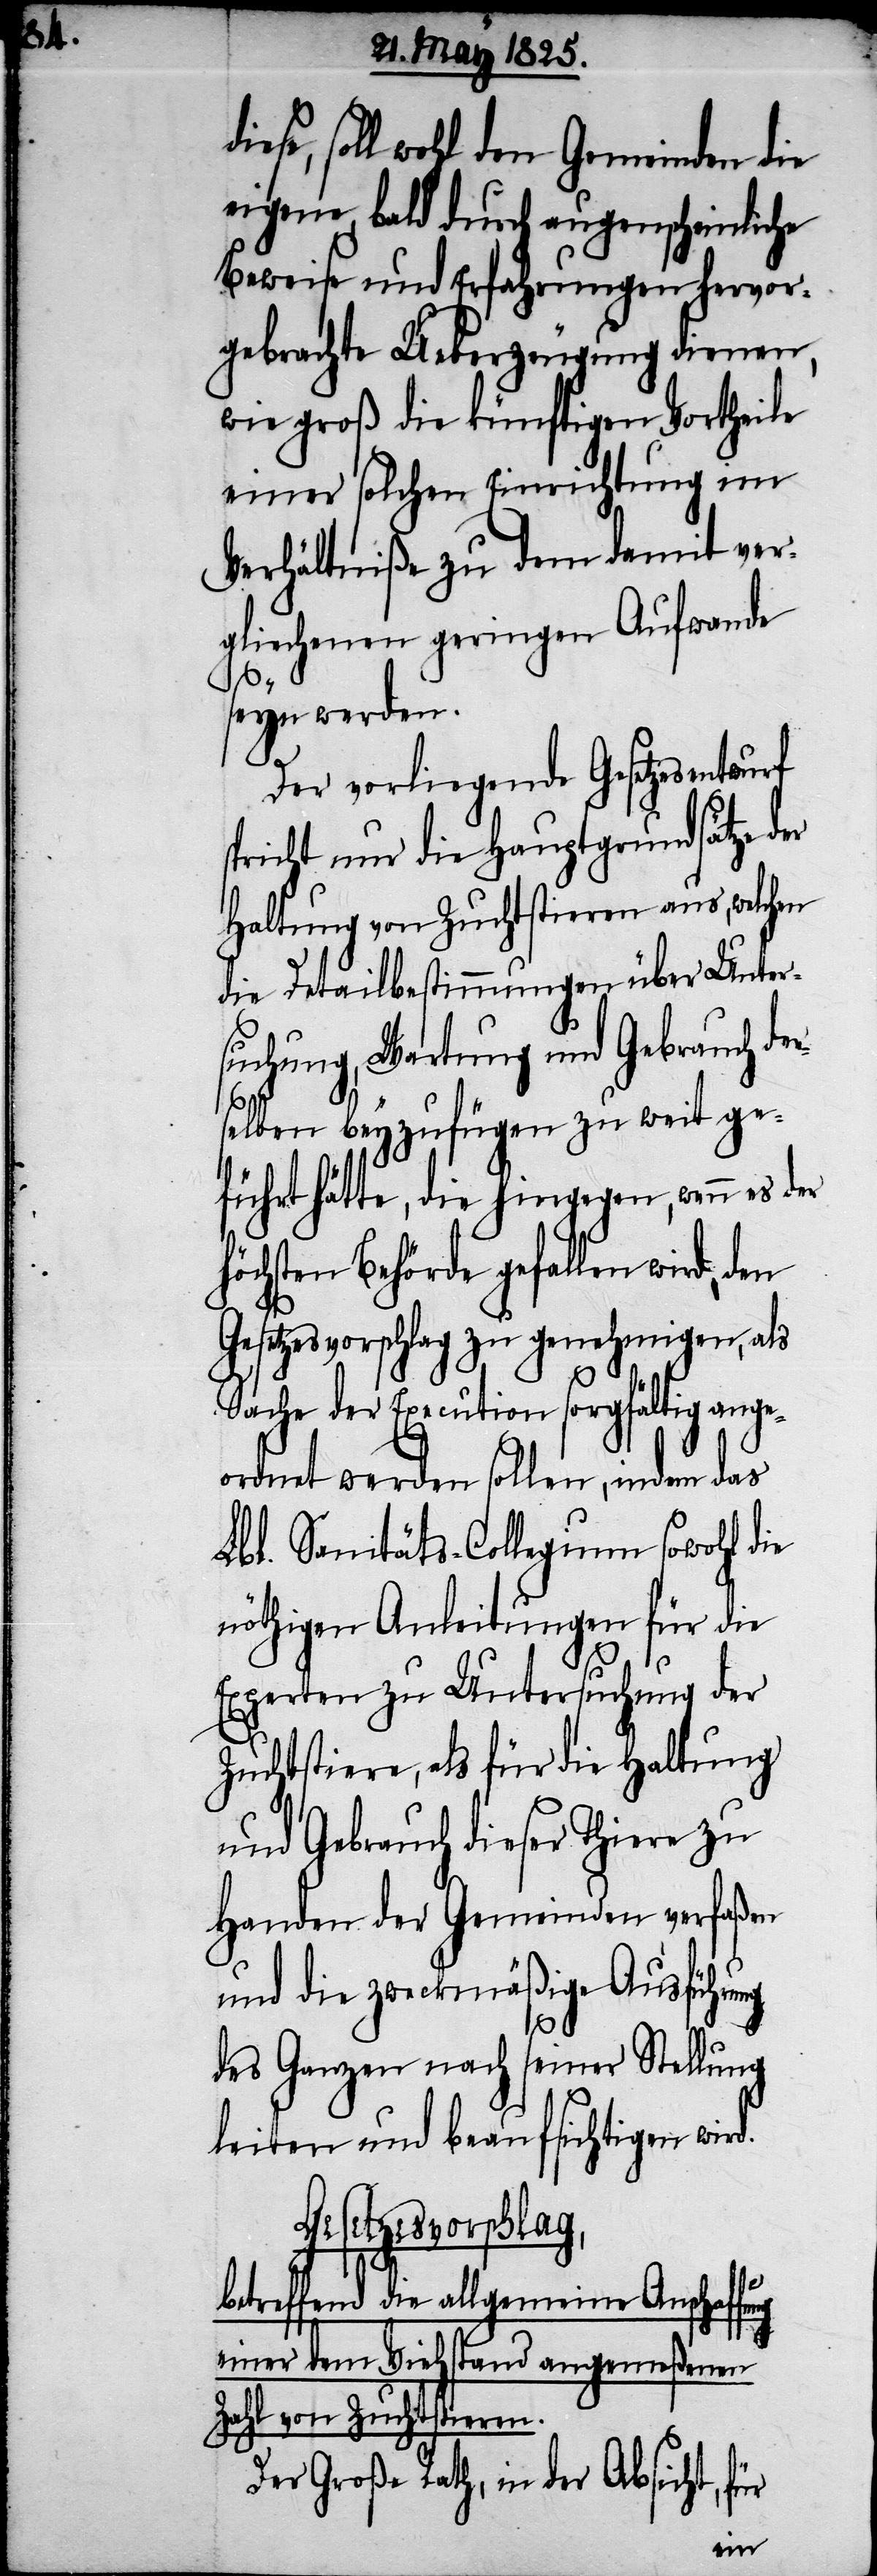
d.

iese, soll wohl den Gemeinden die
eigene, bald durch augenscheinliche
Beweise und Erfahrungen hervor¬
gebrachte Ueberzeugung dienen,
wie groß die künftigen Vortheile
einer solchen Einrichtung im
Verhältniße zu dem damit ver¬
glichenen geringen Aufwande
seyn werden.
Der vorliegende Gesetzesentwurf
spricht nur die Hauptgrundsätze der
Haltung von Zuchtstieren aus, welchen
die Detailbestimmungen über Unter¬
suchung, Wartung und Gebrauch der¬
selben beyzufügen zu weit ge¬
führt hätte, die hingegen, wenn es der
höchsten Behörde gefallen wird,
Gesetzesvorschlag zu genehmigen, als
Sache der Execution sorgfältig ange¬
ordnet werden sollen, indem das
Lbl. Sanitäts-Collegium sowohl die
nöthigen Anleitungen für die
Experten zu Untersuchung der
Zuchtstiere, als für die Haltung
und Gebrauch dieser Thiere zu
Handen der Gemeinden verfaßen
und die zweckmäßige Ausführung
des Ganzen nach seiner Stellung
leiten und beaufsichtigen wir¬
Gesetzesvorschlag
betreffend die allgemeine Anschaf¬
einer dem Viehstand angemeßenen
Zahl von Zuchtstieren.
Der Große Rath, in der Absicht, für
fung